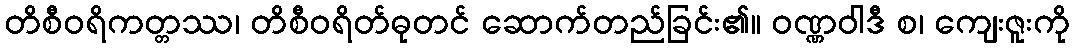
တိစီဝရိကတ္တဿ၊ တိစီဝရိတ်ဓုတင် ဆောက်တည်ခြင်း၏။ ဝဏ္ဏဝါဒီ စ၊ ကျေးဇူးကို